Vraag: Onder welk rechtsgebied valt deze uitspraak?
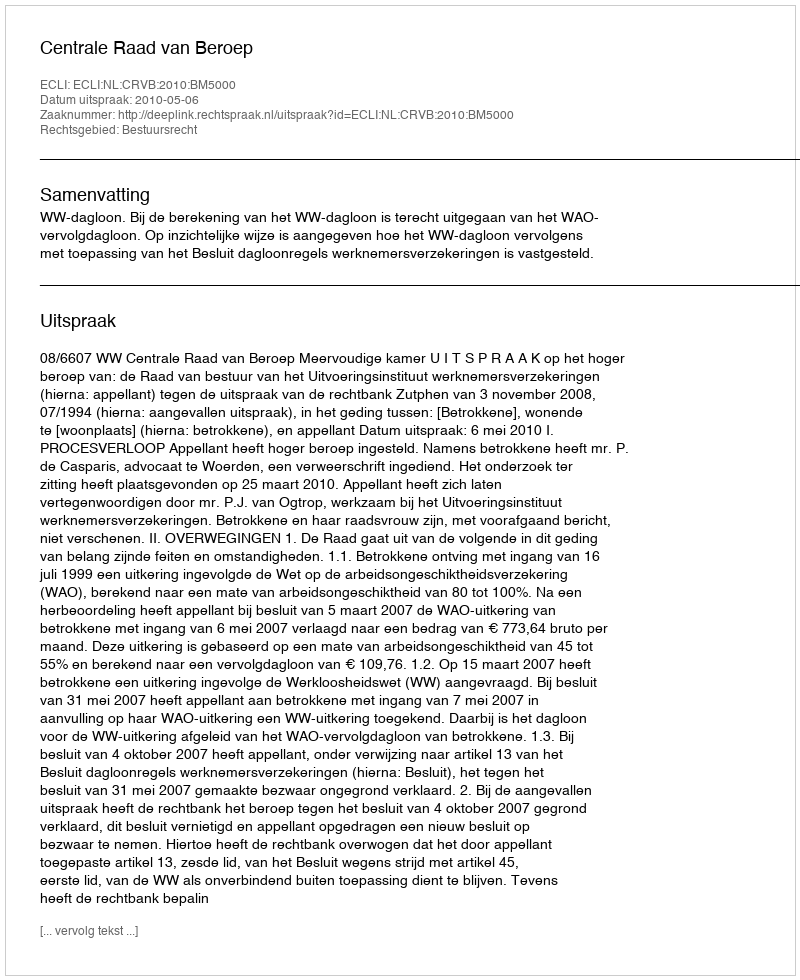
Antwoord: Bestuursrecht